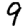
Digit: 9